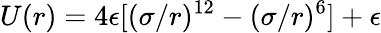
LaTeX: U(r)=4\epsilon[(\sigma/r)^{12}-(\sigma/r)^{6}]+\epsilon